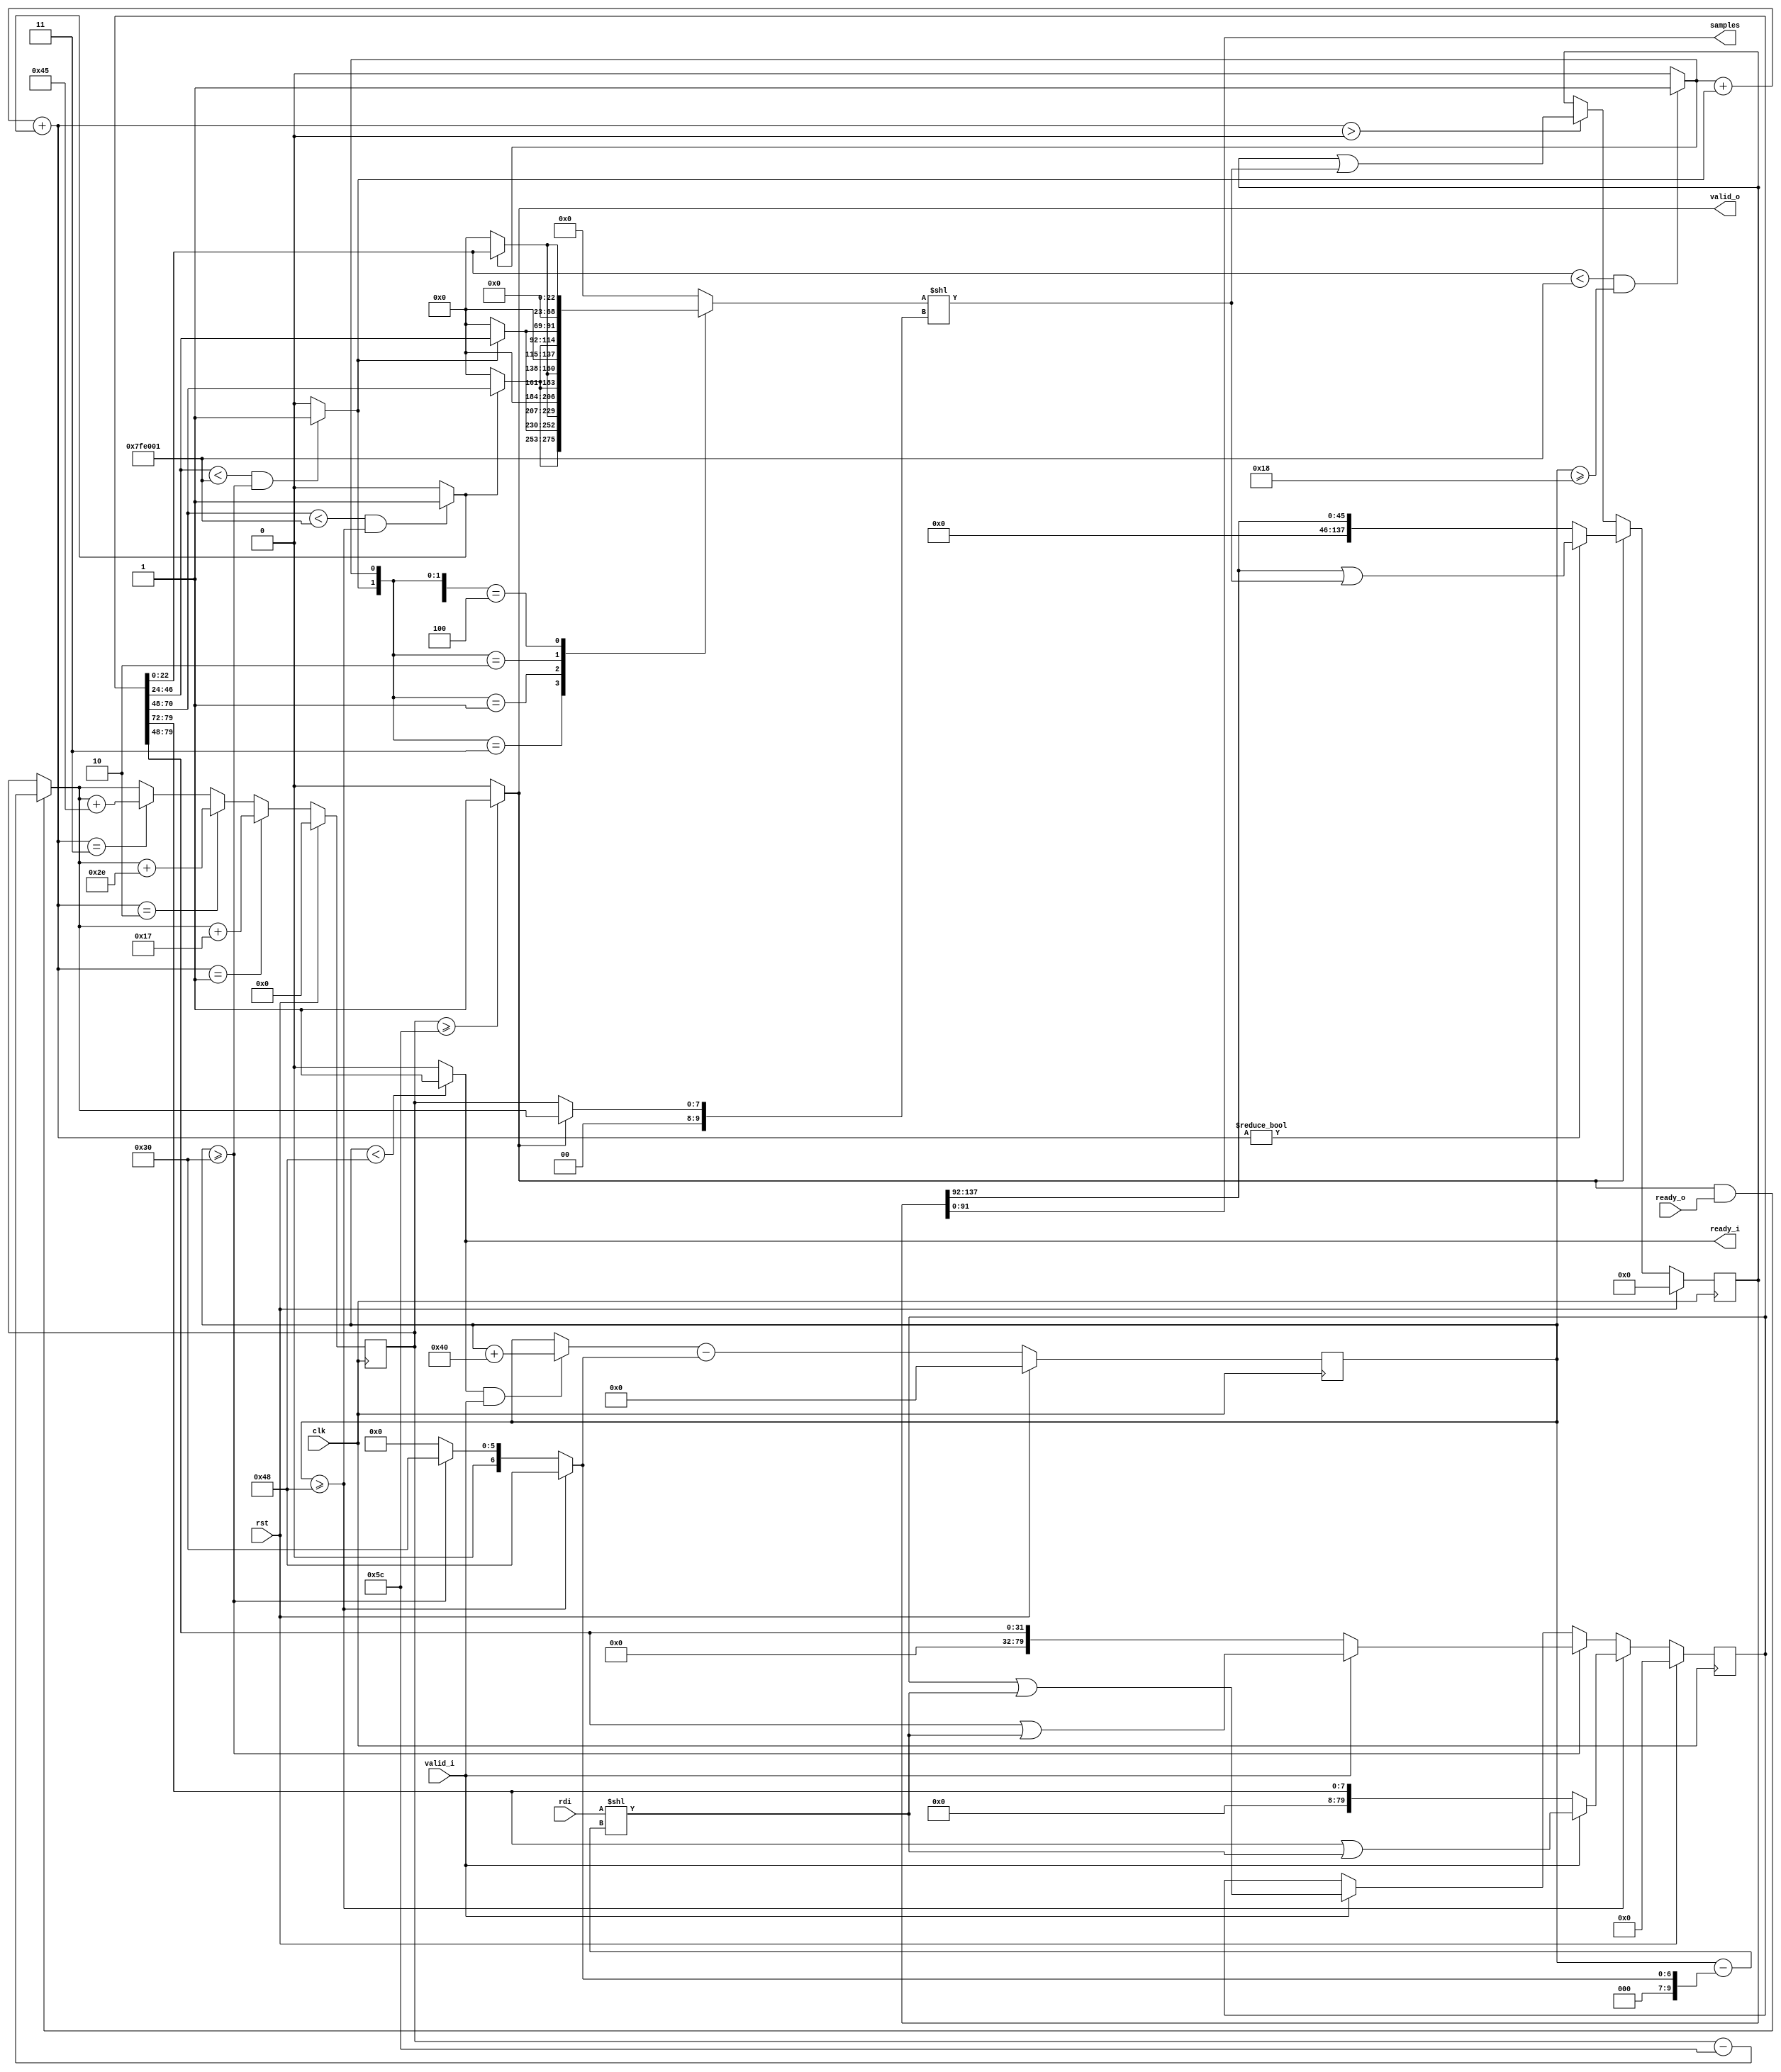
/*
 * From our research paper "High-Performance Hardware Implementation of CRYSTALS-Dilithium"
 * by Luke Beckwith, Duc Tri Nguyen, Kris Gaj
 * at George Mason University, USA
 * https://eprint.iacr.org/2021/1451.pdf
 * =============================================================================
 * Copyright (c) 2021 by Cryptographic Engineering Research Group (CERG)
 * ECE Department, George Mason University
 * Fairfax, VA, U.S.A.
 * Licensed under the Apache License, Version 2.0 (the "License");
 * you may not use this file except in compliance with the License.
 * You may obtain a copy of the License at
 *     http://www.apache.org/licenses/LICENSE-2.0
 * Unless required by applicable law or agreed to in writing, software
 * distributed under the License is distributed on an "AS IS" BASIS,
 * WITHOUT WARRANTIES OR CONDITIONS OF ANY KIND, either express or implied.
 * See the License for the specific language governing permissions and
 * limitations under the License.
 * =============================================================================
 * @author   Luke Beckwith <lbeckwit@gmu.edu>
 */


`timescale 1ns / 1ps


module rejection_a #(
    parameter W        = 64,
    parameter SAMPLE_W = 23,
    parameter RDI_SAMPLE_W = 24,
    parameter BUS_W    = 4
    )(
        input  rst,
        input  clk,
        input  valid_i,
        output reg ready_i,
        input  [W-1:0] rdi,
        output reg [SAMPLE_W*BUS_W-1:0] samples = 0,
        output reg valid_o = 0,
        input  ready_o
    );
    
    localparam
        DILITHIUM_Q = 23'd8380417;    
    
    reg [2*W-1:0] rdi_shift;
    reg [9:0] rdi_shift_amt;

    reg [79:0]  SIPO_IN;
    reg [137:0] SIPO_OUT;
    reg [3*SAMPLE_W-1:0] sipo_out_in;
    reg [6*SAMPLE_W-1:0] sipo_out_in_shft;
    reg [9:0] sipo_out_in_shft_amt;
    
    reg [22:0] rej_lane0, rej_lane1, rej_lane2;
    reg rej_lane0_valid, rej_lane1_valid, rej_lane2_valid;
    reg [1:0] num_valid;
    
    reg [6:0] sipo_in_len, sipo_in_len_next;
    reg [7:0] sipo_out_len, sipo_out_len_next;
    
    always @(*) begin
        ready_i = (sipo_in_len < 3*RDI_SAMPLE_W) ? 1 : 0;
        valid_o = (sipo_out_len >= SAMPLE_W*BUS_W) ? 1 : 0; 
    
        rej_lane0 = SIPO_IN[22:0];
        rej_lane1 = SIPO_IN[46:24];
        rej_lane2 = SIPO_IN[70:48];
        
        rej_lane0_valid = (rej_lane0 < DILITHIUM_Q && sipo_in_len >= RDI_SAMPLE_W) ? 1 : 0;
        rej_lane1_valid = (rej_lane1 < DILITHIUM_Q && sipo_in_len >= 2*RDI_SAMPLE_W) ? 1 : 0;
        rej_lane2_valid = (rej_lane2 < DILITHIUM_Q && sipo_in_len >= 3*RDI_SAMPLE_W) ? 1 : 0;
        num_valid       = rej_lane0_valid + rej_lane1_valid + rej_lane2_valid;
        
        if (rej_lane0_valid == 0)
            rej_lane0 = 0;
        if (rej_lane1_valid == 0)
            rej_lane1 = 0;
        if (rej_lane2_valid == 0)
            rej_lane2 = 0;
        
        sipo_in_len_next  = (ready_i && valid_i) ? sipo_in_len + W : sipo_in_len;
        sipo_out_len_next = (valid_o && ready_o) ? sipo_out_len - SAMPLE_W*BUS_W: sipo_out_len;      
        
        casex({rej_lane2_valid, rej_lane1_valid, rej_lane0_valid})
        3'bx11:  sipo_out_in = {rej_lane2, rej_lane1, rej_lane0}; 
        3'bx01:  sipo_out_in = {23'd0,     rej_lane2, rej_lane0}; 
        3'bx10:  sipo_out_in = {23'd0,     rej_lane2, rej_lane1};  
        3'b100:  sipo_out_in = {23'd0,     23'd0,     rej_lane0};  
        default: sipo_out_in = {23'd0,     23'd0,     23'd0    }; 
        endcase

        if (sipo_in_len >= 3*RDI_SAMPLE_W) begin
            rdi_shift_amt =  3*RDI_SAMPLE_W;
        end else if (sipo_in_len >= 2*RDI_SAMPLE_W) begin
            rdi_shift_amt =  2*RDI_SAMPLE_W;
        end else begin
            rdi_shift_amt = 0;
        end

        rdi_shift = (rdi << sipo_in_len - rdi_shift_amt);
        

        if (valid_o) begin   
            sipo_out_in_shft_amt = sipo_out_len_next;
        end else begin
            sipo_out_in_shft_amt = sipo_out_len;
        end
        sipo_out_in_shft = (sipo_out_in << sipo_out_in_shft_amt);

        samples = SIPO_OUT[SAMPLE_W*BUS_W-1:0];
    end
    
    initial begin
        SIPO_IN  = 0;
        SIPO_OUT = 0;
    
        sipo_in_len  = 0;
        sipo_out_len = 0;
    end
    
    always @(posedge clk) begin
        if (rst) begin
            sipo_in_len  <= 0;
            sipo_out_len <= 0;  
            
            SIPO_IN  <= 0;
            SIPO_OUT <= 0;      
        end else begin
            sipo_in_len <= sipo_in_len_next - rdi_shift_amt;
            if (sipo_in_len >= 3*RDI_SAMPLE_W) begin
                if (valid_i) begin
                    SIPO_IN <= (SIPO_IN >> 3*RDI_SAMPLE_W) | rdi_shift;
                end else begin
                    SIPO_IN <= (SIPO_IN >> 3*RDI_SAMPLE_W);
                end
                
            end else if (sipo_in_len >= 2*RDI_SAMPLE_W) begin
                if (valid_i) begin
                    SIPO_IN <= (SIPO_IN >> 2*RDI_SAMPLE_W) | rdi_shift;
                end else begin
                    SIPO_IN <= (SIPO_IN >> 2*RDI_SAMPLE_W);
                end
            end else begin
                if (valid_i) begin
                    SIPO_IN <= SIPO_IN | rdi_shift;
                end else begin
                    SIPO_IN <= SIPO_IN;
                end
            end
            
            if (num_valid == 1) begin
                sipo_out_len <= sipo_out_len_next + SAMPLE_W;
            end else if (num_valid == 2) begin
                sipo_out_len <= sipo_out_len_next + 2*SAMPLE_W;
            end else if (num_valid == 3) begin
                sipo_out_len <= sipo_out_len_next + 3*SAMPLE_W;
            end else begin
                sipo_out_len <= sipo_out_len_next;
            end
            
            if (valid_o) begin   
                if (num_valid != 0) begin
                    SIPO_OUT <= (SIPO_OUT >> SAMPLE_W*BUS_W) | sipo_out_in_shft;
                end else begin
                    SIPO_OUT <= SIPO_OUT >> SAMPLE_W*BUS_W;
                end
            end else if (num_valid >0) begin
                SIPO_OUT <= SIPO_OUT | sipo_out_in_shft;
            end
        end    
    end
endmodule